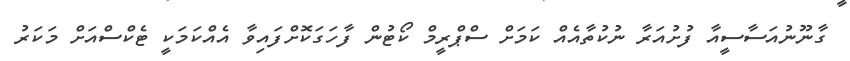
ގާނޫނުއަސާސީއާ ފުށުއަރާ ނުކުތާއެއް ކަމަށް ސްޕްރީމް ކޯޓުން ފާހަގަކޮށްފައިވާ އެއްކަމަކީ ޓެކްސްއަށް މަކަރު